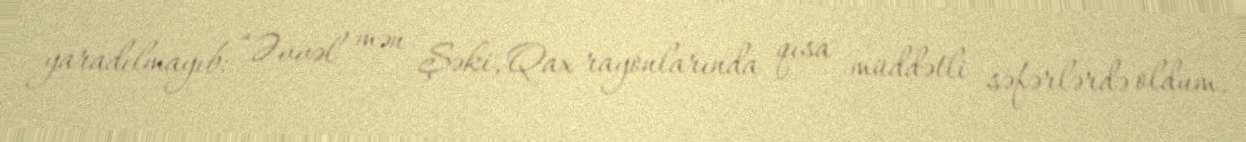
yaradılmayıb: “Əvvəl mən Şəki, Qax rayonlarında qısa müddətli səfərlərdə oldum.